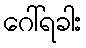
ဂေါ်ရခါး